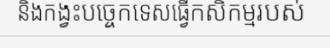
និងកង្វះបច្ចេកទេសធ្វើកសិកម្មរបស់